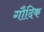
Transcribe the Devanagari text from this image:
गौदिक